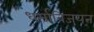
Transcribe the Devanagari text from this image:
धर्माविजयन